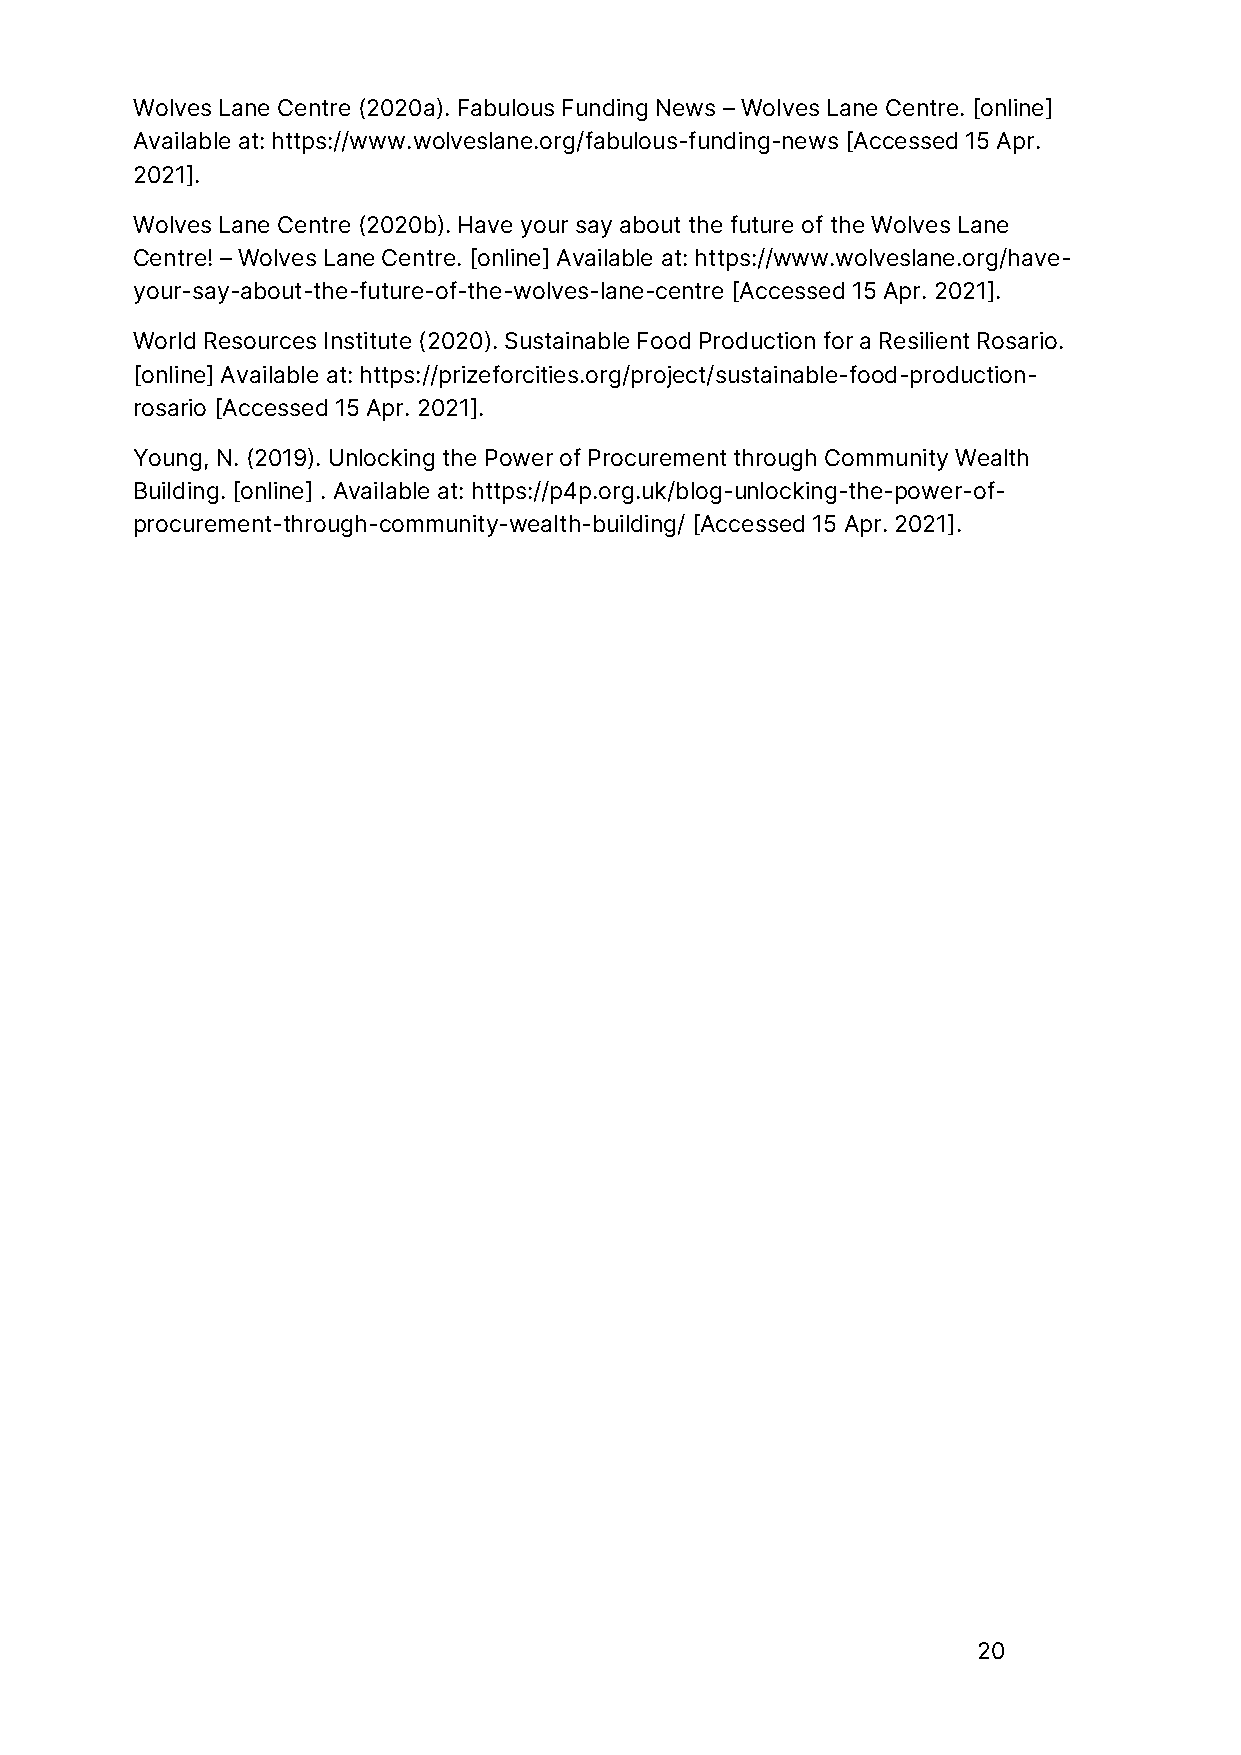
Wolves Lane Centre (2020a). Fabulous Funding News – Wolves Lane Centre. [online]
 Available at: https://www.wolveslane.org/fabulous-funding-news [Accessed 15 Apr.
 2021].
 Wolves Lane Centre (2020b). Have your say about the future of the Wolves Lane
 Centre! – Wolves Lane Centre. [online] Available at: https://www.wolveslane.org/have-
 your-say-about-the-future-of-the-wolves-lane-centre [Accessed 15 Apr. 2021].
 World Resources Institute (2020). Sustainable Food Production for a Resilient Rosario.
 [online] Available at: https://prizeforcities.org/project/sustainable-food-production-
 rosario [Accessed 15 Apr. 2021].
 Young, N. (2019). Unlocking the Power of Procurement through Community Wealth
 Building. [online] . Available at: https://p4p.org.uk/blog-unlocking-the-power-of-
 procurement-through-community-wealth-building/ [Accessed 15 Apr. 2021].
 20